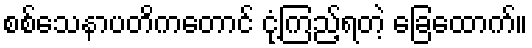
စစ်သေနာပတိကတောင် ငုံ့ကြည့်ရတဲ့ ခြေထောက်။